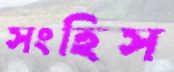
সংহিস